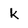
Character: k